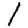
Digit: 1